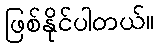
ဖြစ်နိုင်ပါတယ်။